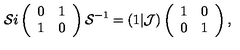
{ \cal S } i \left( \begin{array} { c c } { 0 } & { 1 } \\ { 1 } & { 0 } \\ \end{array} \right) { \cal S } ^ { - 1 } = ( 1 \vert { \cal J } ) \left( \begin{array} { c c } { 1 } & { 0 } \\ { 0 } & { 1 } \\ \end{array} \right) ,